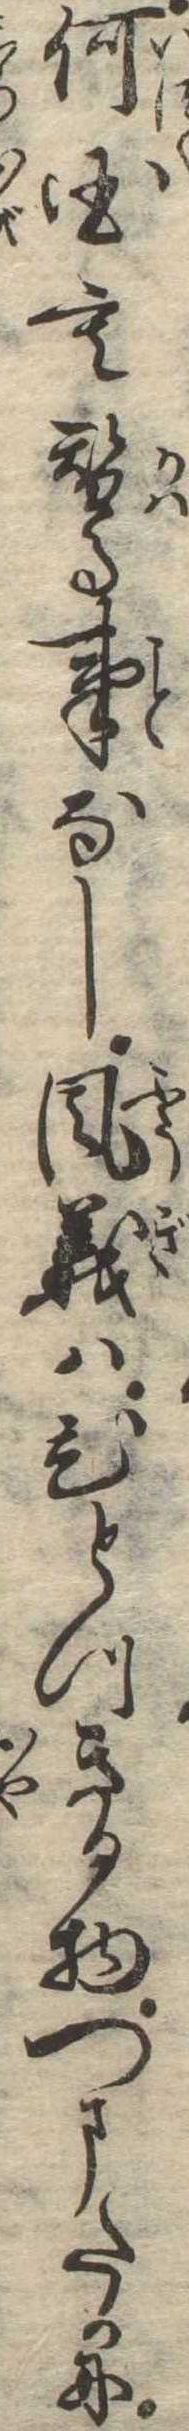
何国も替る事なし風義はひとつきる物つまたかに